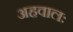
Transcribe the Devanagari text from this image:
अहवालः